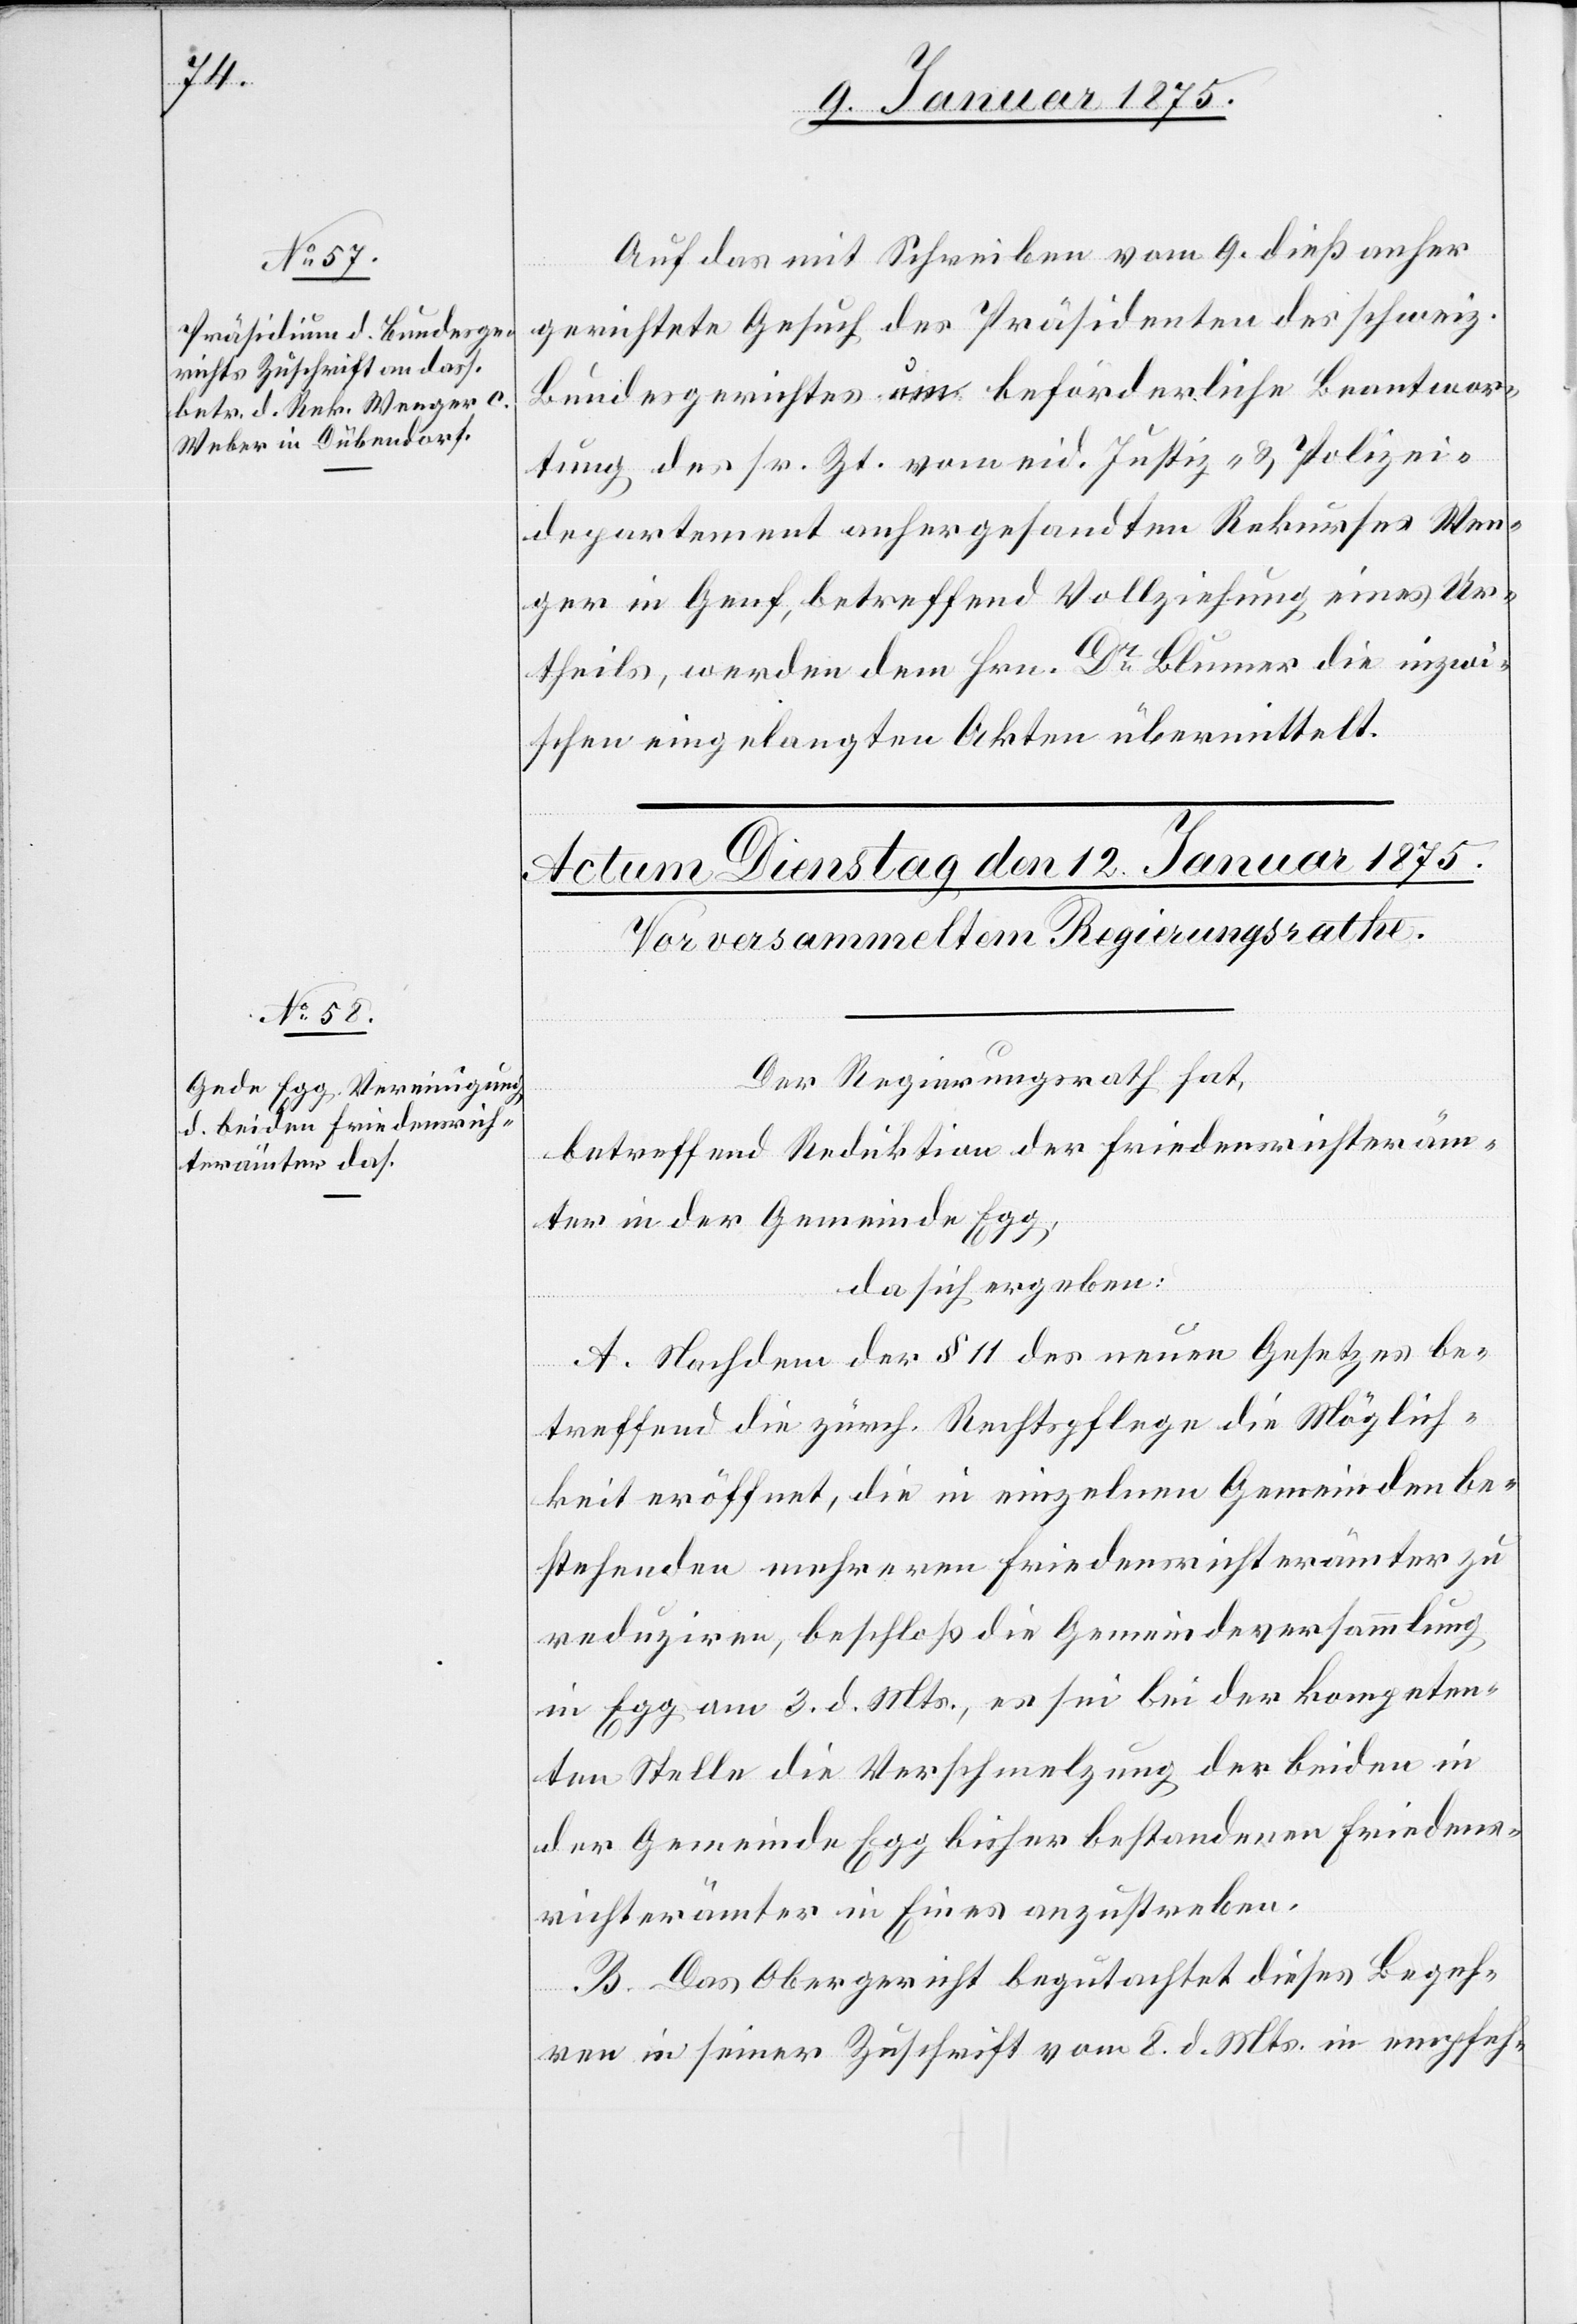
11. Januar 1875.]
Auf das mit Schreiben vom 9. dieß anher
gerichtete Gesuch des Präsidenten des schweiz.
Bundesgerichtes um beförderliche Beantwor¬
tung des sr. Zt. vom eid. Justiz- & Polizei¬
departement anhergesandten Rekurses Wen¬
ger in Genf, betreffend Vollziehung eines Ur¬
theils, werden dem Hrn. Dr Blumer die inzwi¬
schen eingelangten Akten übermittelt.
Der Regierungsrath hat,
betreffend Reduktion der Friedensrichteräm¬
ter in der Gemeinde Egg;
da sich ergeben:
A. Nachdem der § 11 des neuen Gesetzes be¬
treffend die zürch. Rechtspflege die Möglich¬
keit eröffnet, die in einzelnen Gemeinden be¬
stehenden mehreren Friedensrichterämter zu
reduziren, beschloß die Gemeindeversammlung
in Egg am 3. d. Mts., es sei bei der kompeten¬
ten Stelle die Verschmelzung der beiden in
der Gemeinde Egg bisher bestandenen Friedens¬
richterämter in Eines anzustreben.
B. Das Obergericht begutachtet dieses Begeh¬
ren in seiner Zuschrift vom 8. d. Mts. in empfeh-